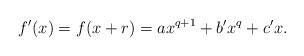
LaTeX: \begin{align*}f'(x) = f(x+r) = ax^{q+1}+b'x^q+c'x.\end{align*}